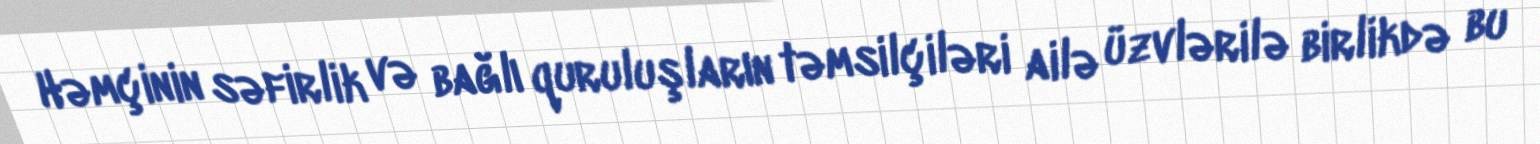
Həmçinin səfirlik və bağlı quruluşların təmsilçiləri ailə üzvlərilə birlikdə bu